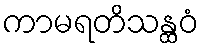
ကာမရတိသန္ထဝံ